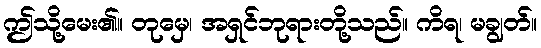
ဤသို့မေး၏။ တုမှေ၊ အရှင်ဘုရားတို့သည်။ ကိရ၊ မချွတ်။